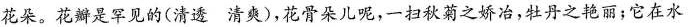
花朵。花瓣是罕见的(清透 清爽)，花骨朵儿呢，一扫秋菊之娇冶，牡丹之艳丽；它在水